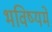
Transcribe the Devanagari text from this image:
भविष्‍यमें